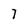
Character: 7